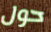
حول